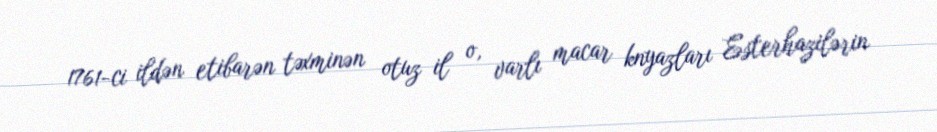
1761-ci ildən etibarən təxminən otuz il o, varlı macar knyazları Esterhazilərin